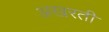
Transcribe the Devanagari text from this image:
अखरती